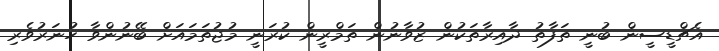
އެޗްޑީސީން ބުނީ ތަފާތު ދާއިރާތަކުން ޒުވާނުން ތަމްރީން ކުރަނީ މުޖުތަމައަށް ބޭނުންވާ ހުނަރުވެރި